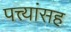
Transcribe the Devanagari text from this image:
पत्त्यांसह